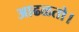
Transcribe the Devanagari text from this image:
आढळतो।